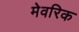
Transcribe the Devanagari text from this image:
मेवरिक